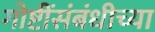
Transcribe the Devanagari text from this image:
गोष्टींसंबंधीच्या